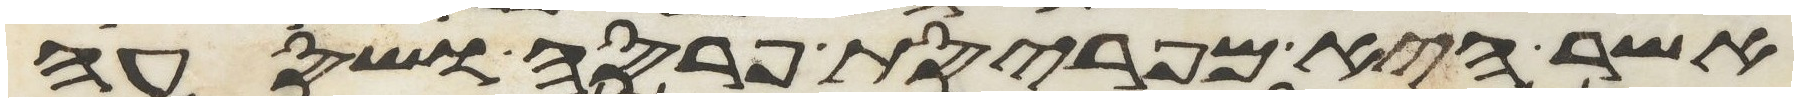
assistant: אשר היא מפריסת פרסה ושסעה